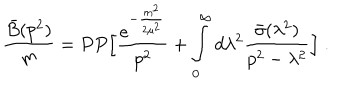
LaTeX: \frac { \bar { B } ( p ^ { 2 } ) } { m } = P P \Big [ { \frac { e ^ { - { \frac { m ^ { 2 } } { 2 \mu ^ { 2 } } } } } { p ^ { 2 } } } + \int _ { 0 } ^ { \infty } d \lambda ^ { 2 } { \frac { \bar { \sigma } ( \lambda ^ { 2 } ) } { p ^ { 2 } - \lambda ^ { 2 } } } \Big ] \; .